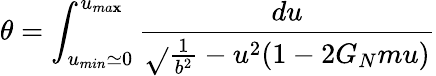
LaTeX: \theta=\int_{u_{min}\simeq0}^{u_{ma\mathbf{x}}}{\frac{{du}}{{\sqrt{}{{{\frac{{1}}{{b^{2}}}}-u^{2}(1-2G_{N}mu)}}}}}